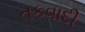
તકવાદી